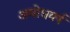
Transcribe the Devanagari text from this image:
अमोधवर्ष